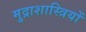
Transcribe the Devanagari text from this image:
मुद्राशास्त्रियों